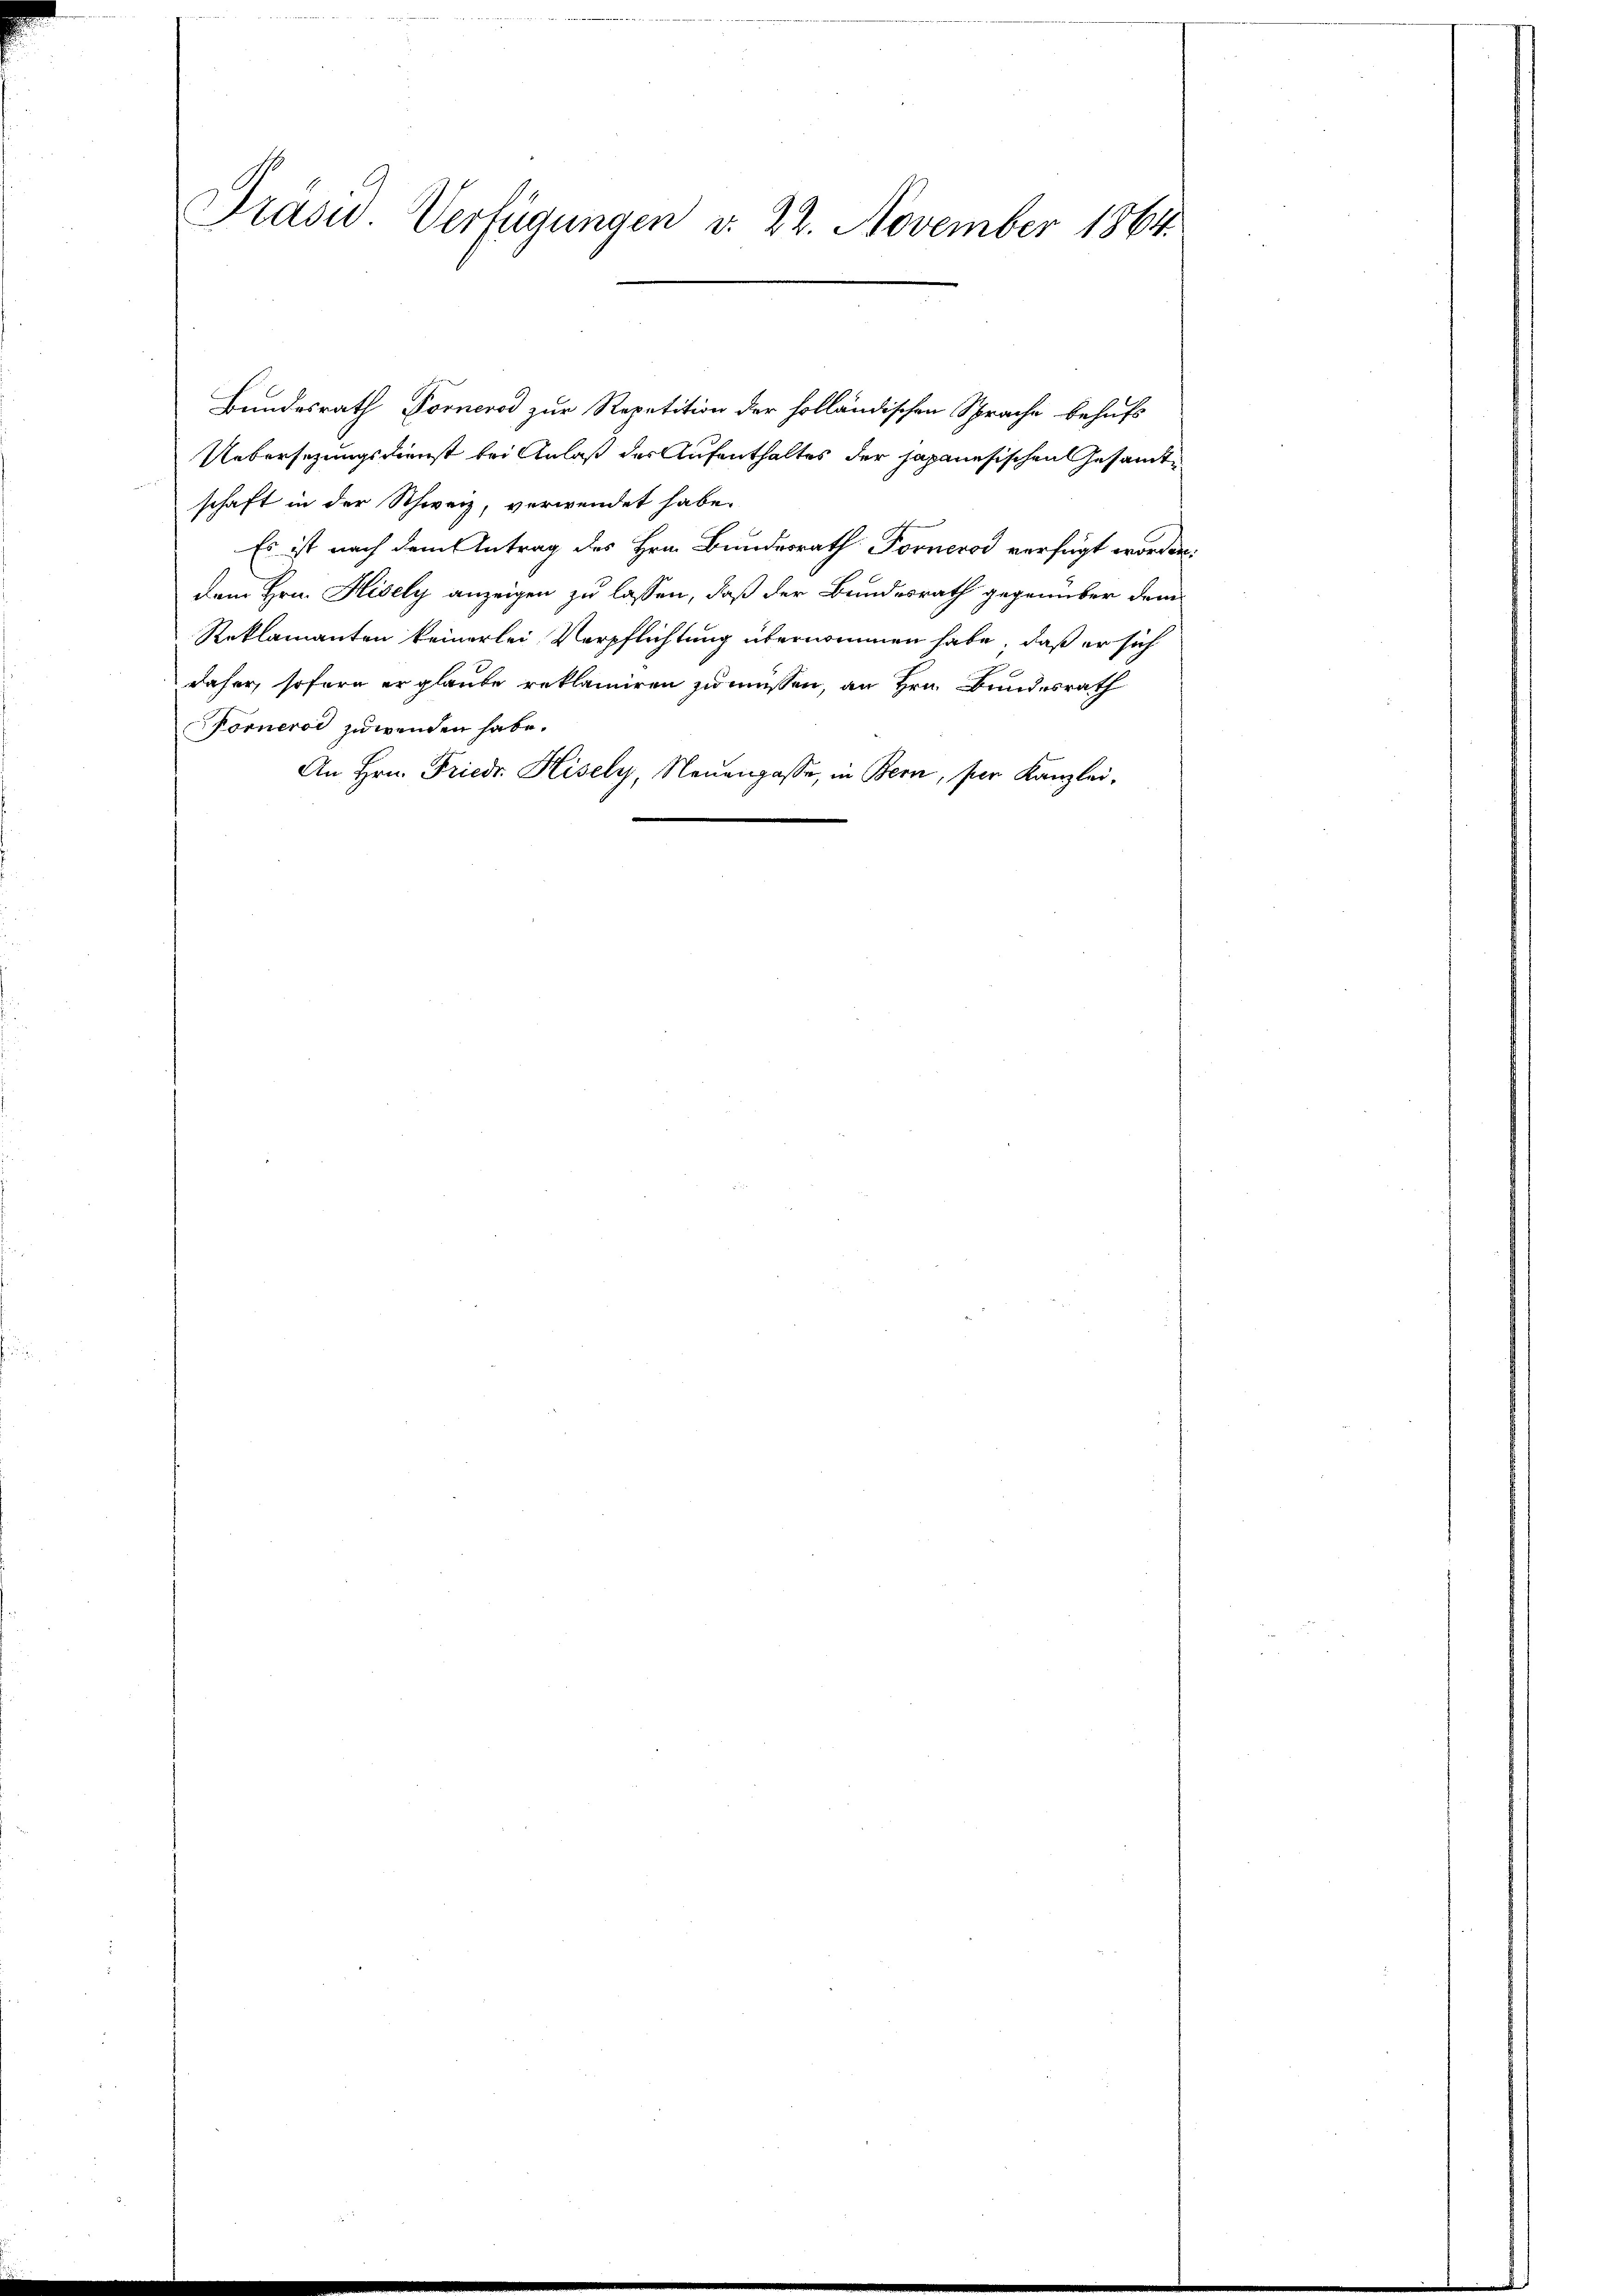
Präsid. Verfügungen d. 22. November 1864.

Bundesrath Fornerod zur Repetition der holländischen Sprache behufs
Uebersezungsdienst bei Anlaß der Aufenthaltes der Japanesischen Gesandtschaft in der Schweiz, verwendet habe.
Es ist nach dem Antrag des Hrn. Bundesrath Forneros verfügt worden.
dem Hrn. Hisely anzeigen zu lassen, daß der Bundesrath gegenüber dem
Reklamanten keinerlei Verpflichtung übernommen habe, daß er sich
daher, sofern er glaube reklamiren zu müssen, an Hrn. Bundesrath
Forneros zuwenden habe.
An Hrn. Friedr. Hisely, Neuengasse, in Bern, ser Kanzlei-